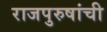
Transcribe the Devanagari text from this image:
राजपुरुषांची